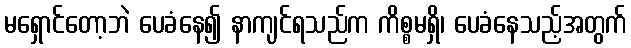
မရှောင်တော့ဘဲ ပေခံနေ၍ နာကျင်ရသည်က ကိစ္စမရှိ၊ ပေခံနေသည့်အတွက်